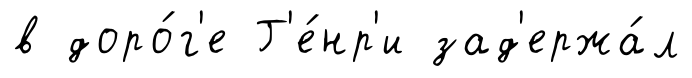
в доро́г'е Г'е́нр'и зад'ержа́л